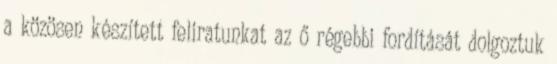
a közösen készített feliratunkat az ő régebbi fordítását dolgoztuk